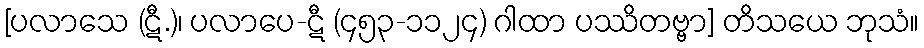
[ပလာသေ (ဋီ.)၊ ပလာပေ-ဋီ (၄၅၃-၁၁၂၄) ဂါထာ ပဿိတဗ္ဗာ] တိသယေ ဘုသံ။